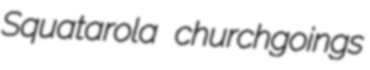
Squatarola churchgoings